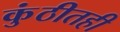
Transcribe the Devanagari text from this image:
कुंठीतही